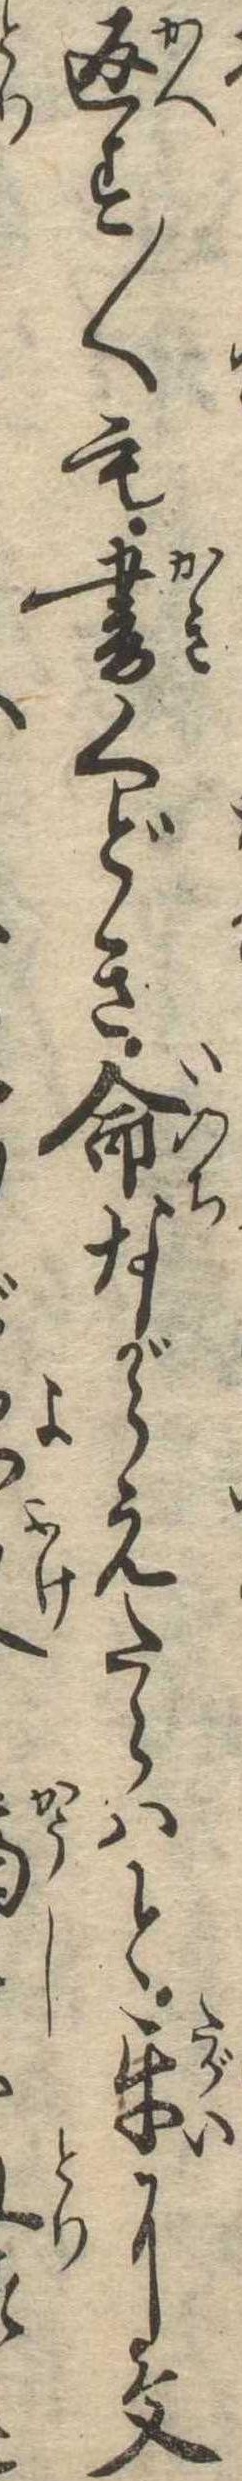
返す〱も書くどき命ながらえたらはと互に文